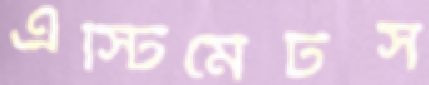
এস্টিমেটস